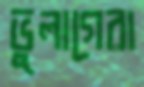
ভুলাগেরা